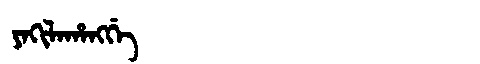
Manchu: ᠶᠠᡴᡳᠯᠠᡥᠠᠩᡤᡝ
Romanization: YAKILAHANGGE